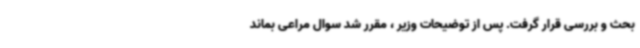
بحث و بررسی قرار گرفت. پس از توضیحات وزیر ، مقرر شد سوال مراعی بماند